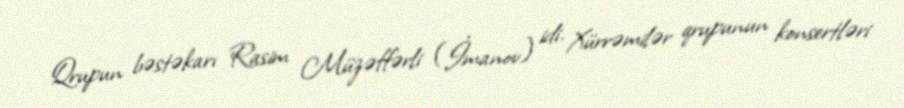
Qrupun bəstəkarı Rasim Müzəffərli (İmanov) idi. Xürrəmilər qrupunun konsertləri